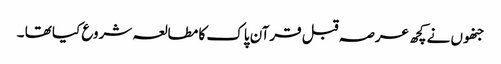
جنھوں نے کچھ عرصہ قبل قرآن پاک کا مطالعہ شروع کیا تھا ۔